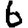
Digit: 6